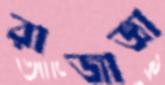
রাজাজ্ঞা